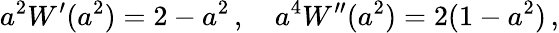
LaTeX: a^{2}W^{\prime}(a^{2})=2-a^{2}\, ,\quad a^{4}W^{\prime\prime}(a^{2})=2(1-a^{2})\, ,